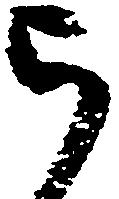
被